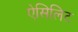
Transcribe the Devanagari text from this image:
ऐसिलिट